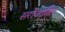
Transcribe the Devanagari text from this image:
सरोजातिल